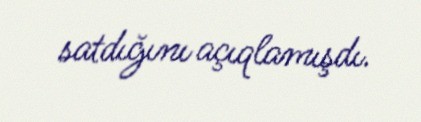
satdığını açıqlamışdı.